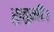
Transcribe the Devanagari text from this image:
रुनूमी।